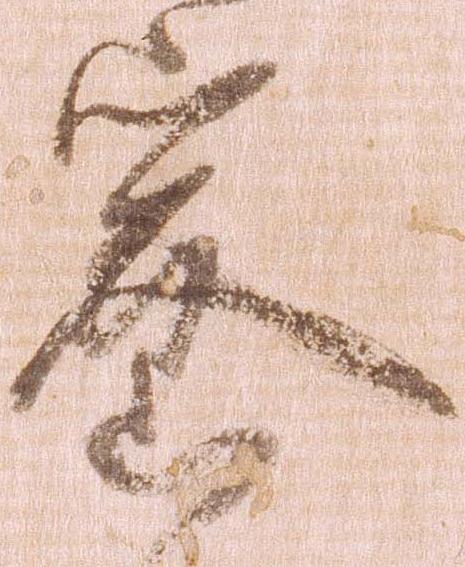
密